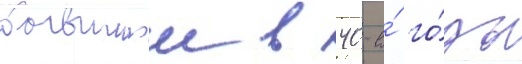
бывшии в 40-е́ го́ды